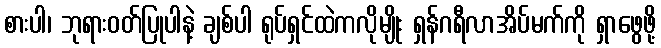
စားပါ၊ ဘုရားဝတ်ပြုပါနဲ့ ချစ်ပါ ရုပ်ရှင်ထဲကလိုမျိုး ရှန်ဂရီလာအိပ်မက်ကို ရှာဖွေဖို့